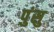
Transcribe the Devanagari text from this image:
पुंसु